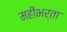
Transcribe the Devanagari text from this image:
महीभर्ता